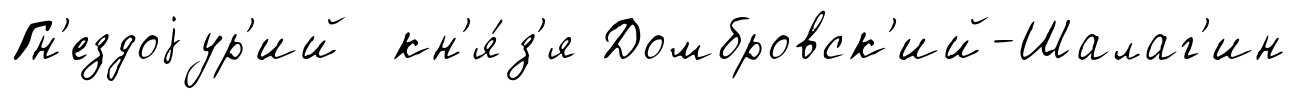
Гн'ездоjур'ий кн'я́з'я Домбровск'ий-Шалаг'ин